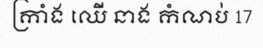
ក្រាំង ឈើ នាង កំណប់ 17